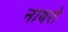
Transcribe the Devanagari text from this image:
नायरो